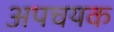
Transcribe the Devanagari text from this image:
अपचयक